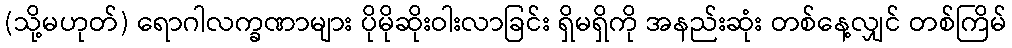
(သို့မဟုတ်) ရောဂါလက္ခဏာများ ပိုမိုဆိုးဝါးလာခြင်း ရှိမရှိကို အနည်းဆုံး တစ်နေ့လျှင် တစ်ကြိမ်